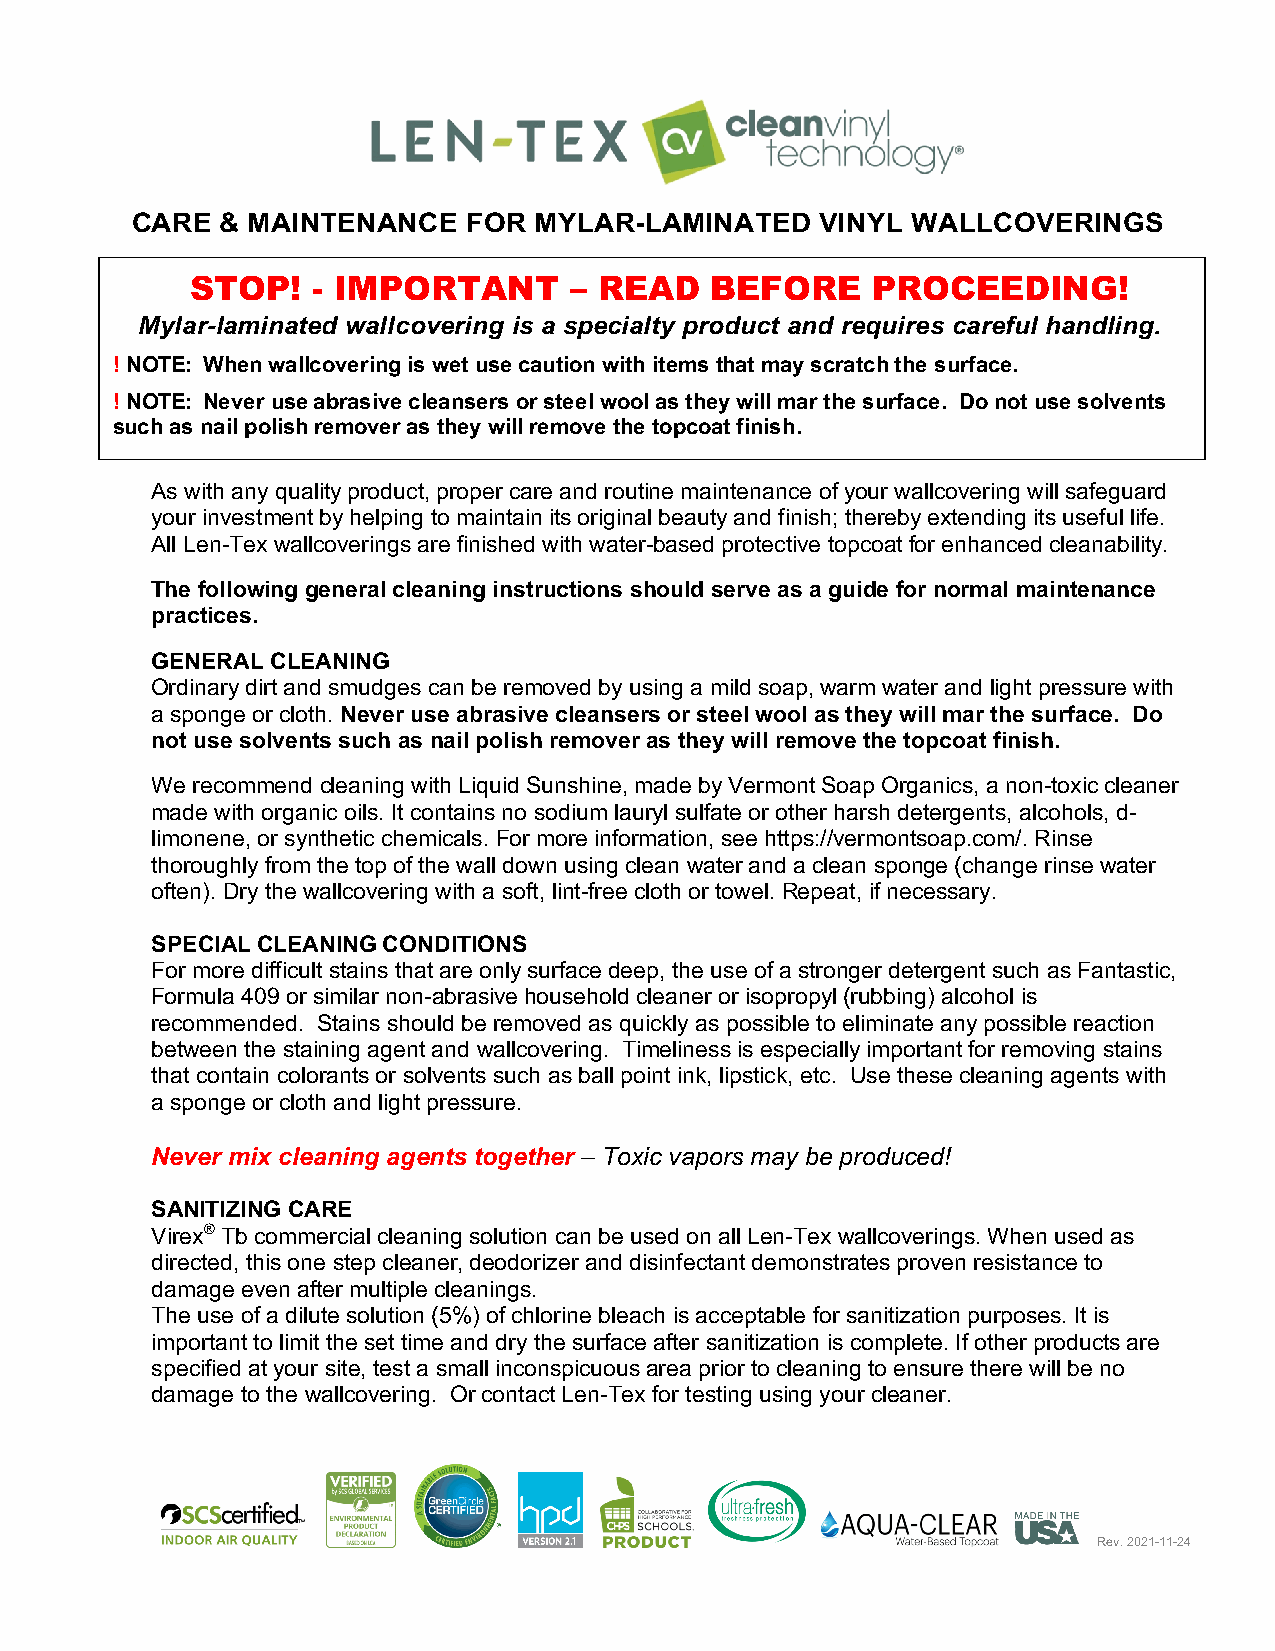
CARE  & MAINTENANCE   FOR MYLAR-LAMINATED    VINYL WALLCOVERINGS
 STOP!   - IMPORTANT      – READ   BEFORE     PROCEEDING!
 Mylar-laminated wallcovering is a specialty product and requires careful handling.
 ! NO TE: When wallcovering is wet use caution with items that may scratch the surface.
 ! NOTE: Never use abrasive cleansers or steel wool as they will mar the surface. Do not use solvents
 such as nail polish remover as they will remove the topcoat finish.
 As with any quality product, proper care and routine maintenance of your wallcovering will safeguard
 your investment by helping to maintain its original beauty and finish; thereby extending its useful life.
 All Len-Tex wallcoverings are finished with water-based protective topcoat for enhanced cleanability.
 The following general cleaning instructions should serve as a guide for normal maintenance
 practices.
 GENERAL CLEANING
 Ordinary dirt and smudges can be removed by using a mild soap, warm water and light pressure with
 a sponge or cloth. Never use abrasive cleansers or steel wool as they will mar the surface. Do
 not use solvents such as nail polish remover as they will remove the topcoat finish.
 We recommend cleaning with Liquid Sunshine, made by Vermont Soap Organics, a non-toxic cleaner
 made with organic oils. It contains no sodium lauryl sulfate or other harsh detergents, alcohols, d-
 limonene, or synthetic chemicals. For more information, see https://vermontsoap.com/. Rinse
 thoroughly from the top of the wall down using clean water and a clean sponge (change rinse water
 often). Dry the wallcovering with a soft, lint-free cloth or towel. Repeat, if necessary.
 SPECIAL CLEANING CONDITIONS
 For more difficult stains that are only surface deep, the use of a stronger detergent such as Fantastic,
 Formula 409 or similar non-abrasive household cleaner or isopropyl (rubbing) alcohol is
 recommended. Stains should be removed as quickly as possible to eliminate any possible reaction
 between the staining agent and wallcovering. Timeliness is especially important for removing stains
 that contain colorants or solvents such as ball point ink, lipstick, etc. Use these cleaning agents with
 a sponge or cloth and light pressure.
 Never mix cleaning agents together – Toxic vapors may be produced!
 SANITIZING CARE
 Virex® Tb commercial cleaning solution can be used on all Len-Tex wallcoverings. When used as
 directed, this one step cleaner, deodorizer and disinfectant demonstrates proven resistance to
 damage even after multiple cleanings.
 The use of a dilute solution (5%) of chlorine bleach is acceptable for sanitization purposes. It is
 important to limit the set time and dry the surface after sanitization is complete. If other products are
 specified at your site, test a small inconspicuous area prior to cleaning to ensure there will be no
 damage to the wallcovering. Or contact Len-Tex for testing using your cleaner.
 Rev. 2021-11-24